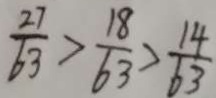
\frac { 2 7 } { 6 3 } > \frac { 1 8 } { 6 3 } > \frac { 1 4 } { 6 3 }